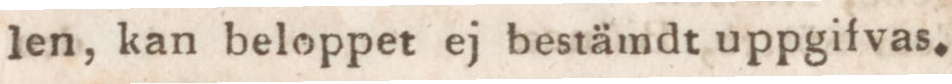
len, kan beloppet ej bestämdt uppgifvas.